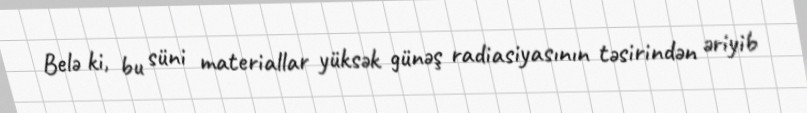
Belə ki, bu süni materiallar yüksək günəş radiasiyasının təsirindən əriyib